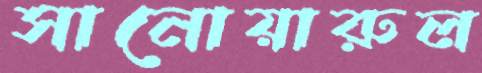
সানোয়ারুল